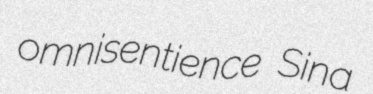
omnisentience Sina